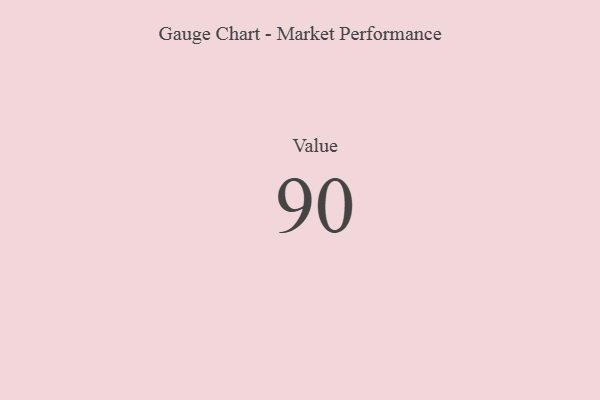
{"axis": {"x": "Metric", "y": "Value"}, "legend": [""], "data": [{"x": "Value", "y": 90, "type": ""}]}